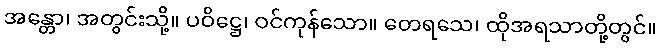
အန္တော၊ အတွင်းသို့။ ပဝိဋ္ဌေ၊ ဝင်ကုန်သော။ တေရသေ၊ ထိုအရသာတို့တွင်။